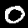
Label: 0